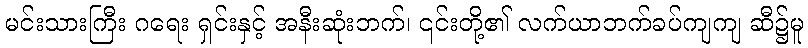
မင်းသားကြီး ဂရေး ရှင်းနှင့် အနီးဆုံးဘက်၊ ၎င်းတို့၏ လက်ယာဘက်ခပ်ကျကျ ဆီ၌မူ